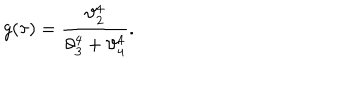
g ( \tau ) = \frac { \vartheta _ { 2 } ^ { 4 } } { \vartheta _ { 3 } ^ { 4 } + \vartheta _ { 4 } ^ { 4 } } .